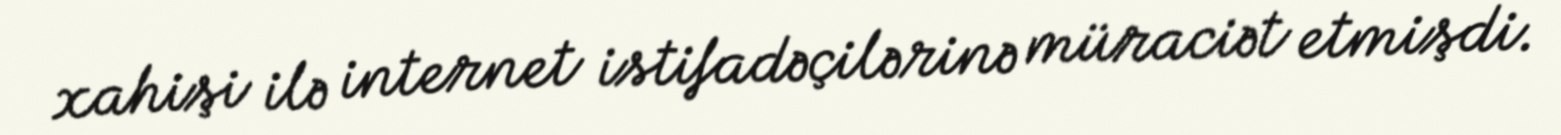
xahişi ilə internet istifadəçilərinə müraciət etmişdi.